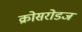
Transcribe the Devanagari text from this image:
क्रोसरोडज